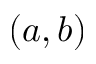
( a , b )